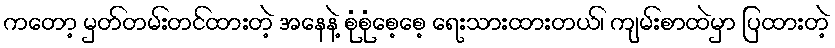
ကတော့ မှတ်တမ်းတင်ထားတဲ့ အနေနဲ့ စုံစုံစေ့စေ့ ရေးသားထားတယ်၊ ကျမ်းစာထဲမှာ ပြထားတဲ့